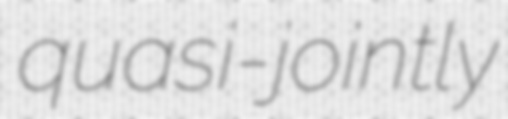
quasi-jointly